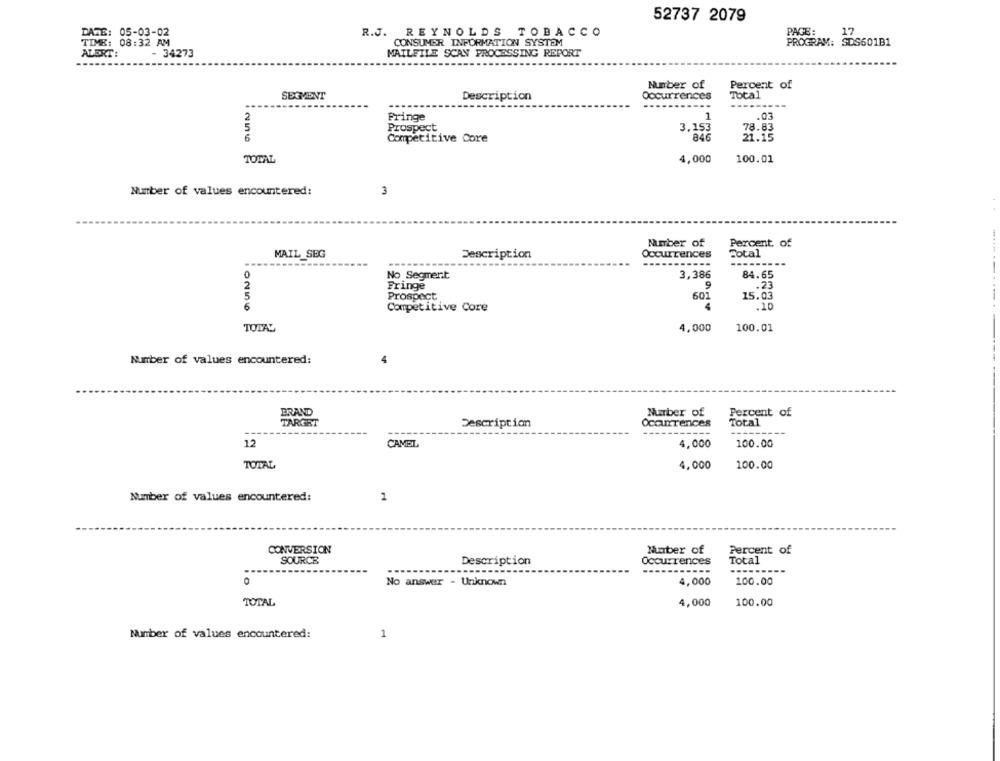
52737 2079
PAGE:
DATE: 05-03-02
R.J. REYNOLDS TOBACCO
17
TIME: 08:32 AM
CONSUMER INFORMATION SYSTEM
PROGRAM: SDS601B1
ALERT:
- 34273
MAILFILE SCAN PROCESSING REPORT
Percent of
Number of
SEGMENT
Description
Occurrences
Total
...........
---
1
.03
2
Fringe
5
Prospect
3.153
78.83
6
Competitive Core
846
21.15
TOTAL
4,000
100.01
3
Number of values encountered:
Number of
Percent of
MAIL SEG
Description
Occurrences
Total
No Segment
3,386
84.65
Fringe
9
.23
Prospect
601
15.03
0256
Competitive Core
4
.10
4,000
100.01
TOTAL
Number of values encountered:
BRAND
Number of
Percent of
TARGET
Description
OcaunTences
Total
----
12
CAMEL
4,000
100.00
TOTAL
4,000
100.00
Number of values encountered:
1
CONVERSION
Number of
Percent of
SOURCE
Description
Occurrences
Total
-----
0
No answer - Unknown
4,000
100.00
TOTAL
4,000
100.00
Number of values encountered:
1